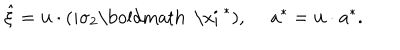
\hat { \xi } = { \bf u } \cdot ( i \sigma _ { 2 } \mathrm { \boldmath ~ \ x i ~ } ^ { * } ) , ~ ~ a ^ { * } = { \bf u } \cdot { \bf a } ^ { * } .